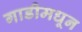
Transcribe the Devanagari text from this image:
गाडीमधून